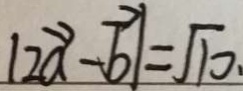
\vert 2 \overrightarrow { a } - \overrightarrow { b } \vert = \sqrt { 1 0 } .